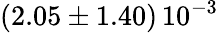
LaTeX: \left(2.05\pm 1.40\right)\, 10^{-3}